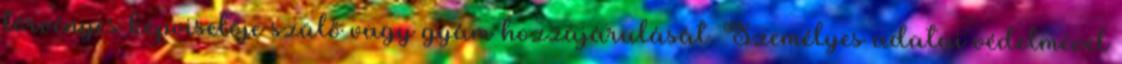
törvényes képviselője szülő vagy gyám hozzájárulását. Személyes adatai védelmével